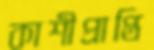
কাশীপ্রাপ্তি